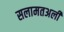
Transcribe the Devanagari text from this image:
सलामतअली